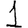
Digit: 1